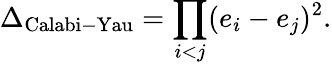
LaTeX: \Delta_{\mathrm{Calabi-Yau}}=\prod_{i<j}(e_{i}-e_{j})^{2}.